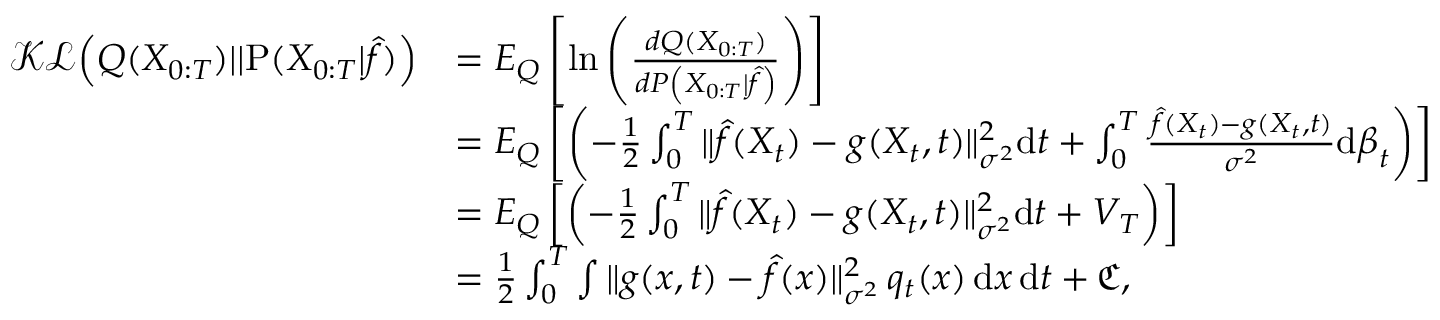
\begin{array} { r l } { \mathcal { K L } \Big ( Q ( X _ { 0 : T } ) | | \mathrm { P } ( X _ { 0 : T } | \hat { f } ) \Big ) } & { = E _ { { Q } } \left[ \mathrm { l n } \left( \frac { d { Q } ( X _ { 0 : T } ) } { d { P } \left( X _ { 0 : T } \vert \hat { f } \right) } \right) \right] } \\ & { = E _ { { Q } } \left[ \left( - \frac { 1 } { 2 } \int _ { 0 } ^ { T } { { \| \hat { f } ( X _ { t } ) - g ( X _ { t } , t ) \| _ { \sigma ^ { 2 } } ^ { 2 } } \mathrm { d } t } + \int _ { 0 } ^ { T } { \frac { \hat { f } ( X _ { t } ) - g ( X _ { t } , t ) } { { \sigma ^ { 2 } } } \mathrm { d } \boldsymbol { \beta } _ { t } } \right) \right] } \\ & { = E _ { { Q } } \left[ \left( - \frac { 1 } { 2 } \int _ { 0 } ^ { T } { { \| \hat { f } ( X _ { t } ) - g ( X _ { t } , t ) \| _ { \sigma ^ { 2 } } ^ { 2 } } \mathrm { d } t } + V _ { T } \right) \right] } \\ & { = \frac { 1 } { 2 } \int _ { 0 } ^ { T } \int \| g ( x , t ) - \hat { f } ( x ) \| _ { \sigma ^ { 2 } } ^ { 2 } \, q _ { t } ( x ) \, \mathrm { d } x \, \mathrm { d } t + \mathfrak { C } , } \end{array}